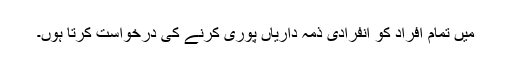
میں تمام افراد کو انفرادی ذمہ داریاں پوری کرنے کی درخواست کرتا ہوں۔